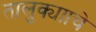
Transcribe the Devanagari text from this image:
तालुक्यााचे